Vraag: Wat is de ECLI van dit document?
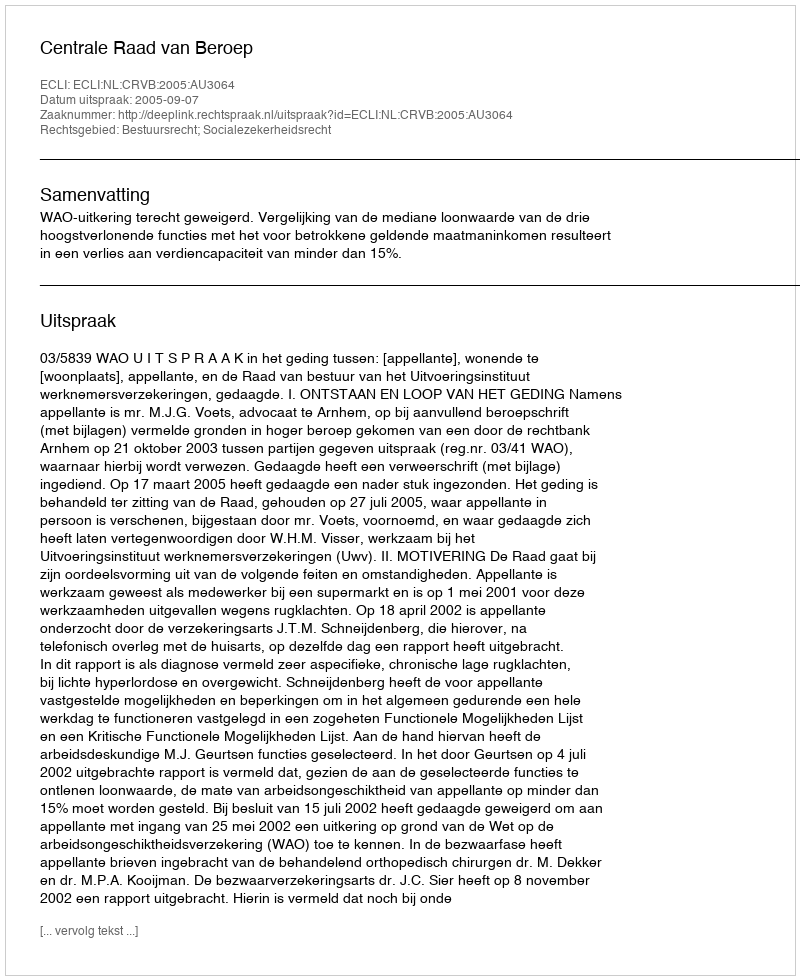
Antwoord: ECLI:NL:CRVB:2005:AU3064